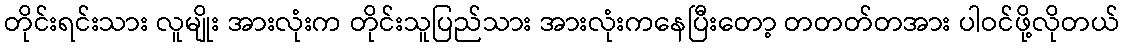
တိုင်းရင်းသား လူမျိုး အားလုံးက တိုင်းသူပြည်သား အားလုံးကနေပြီးတော့ တတတ်တအား ပါဝင်ဖို့လိုတယ်